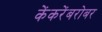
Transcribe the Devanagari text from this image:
केंकरेंबरोबर